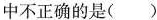
中不正确的是( )